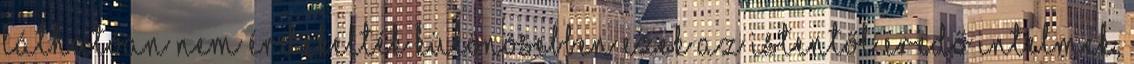
láthatóan nem érdekelték különösebben ezek az Istentől eredő intelmek,